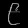
Digit: ၉